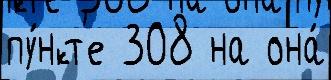
пу́нкт'е 308 на она́